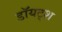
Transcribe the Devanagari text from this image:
डॉयट्श